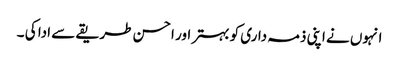
انہوں نے اپنی ذمہ داری کو بہتر اور احسن طریقے سے ادا کی ۔